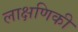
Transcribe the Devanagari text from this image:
लाक्षणिकी